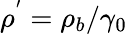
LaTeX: \rho^{'}=\rho_{b}/\gamma_{0}